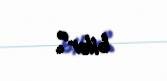
bilər”.